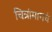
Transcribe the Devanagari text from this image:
चित्रांमागचं